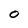
Character: 0